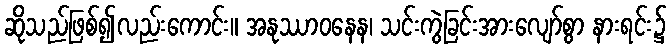
ဆိုသည်ဖြစ်၍လည်းကောင်း။ အနုဿာဝနေန၊ သင်းကွဲခြင်းအားလျော်စွာ နားရင်း၌